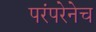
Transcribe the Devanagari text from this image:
परंपरेनेच